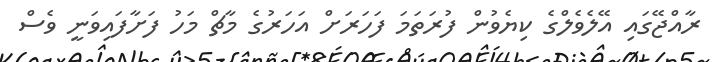
ރާއްޖޭގައި އޭލެވެލްގެ ކިޔެވުން ފުރަތަމަ ފަހަރަށް އަހަރުގެ މާޗް މަހު ފަށާފައިވަނީ ވެސް